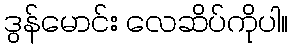
ဒွန်မောင်း လေဆိပ်ကိုပါ။